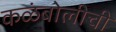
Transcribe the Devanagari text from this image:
कळंबोलीची